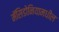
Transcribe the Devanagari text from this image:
मॅसिडोनियामधील